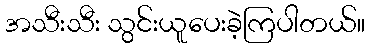
အသီးသီး သွင်းယူပေးခဲ့ကြပါတယ်။